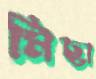
মিছা